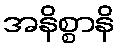
အနိစ္စာနိ